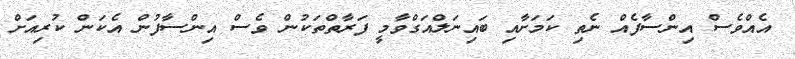
އެއްވެސް އިންސާފެއް ނެތި ކަމަށާއި ބައިނަލްއަގްވާމީ ފަރާތްތަކުން ވެސް އިންސާފުން އެކަން ކުރިއަށް